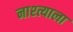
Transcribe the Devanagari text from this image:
नाश्त्याला